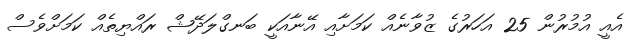
އެއީ އުމުރުން 25 އަހަރުގެ ޒުވާނެއް ކަމަށާއި އޭނާއަކީ ބަނގްލަދޭޝް ރައްޔިތެއް ކަމަށްވެސް